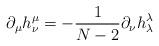
LaTeX: \begin{align*}\partial_\mu h^\mu_\nu = - \frac{1}{N-2} \partial_\nu h^\lambda_\lambda\end{align*}